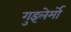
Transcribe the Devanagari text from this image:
गुइलेर्मो